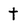
Character: t